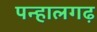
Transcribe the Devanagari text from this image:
पन्हालगढ़